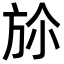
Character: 㫆